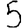
Digit: 5